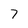
Character: 7